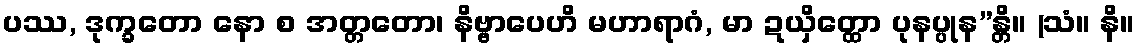
ပဿ, ဒုက္ခတော နော စ အတ္တတော၊ နိဗ္ဗာပေဟိ မဟာရာဂံ, မာ ဍယှိတ္ထော ပုနပ္ပုန”န္တိ။ (သံ။ နိ။